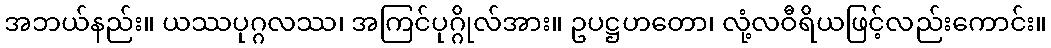
အဘယ်နည်း။ ယဿပုဂ္ဂလဿ၊ အကြင်ပုဂ္ဂိုလ်အား။ ဥပဋ္ဌဟတော၊ လုံ့လဝီရိယဖြင့်လည်းကောင်း။